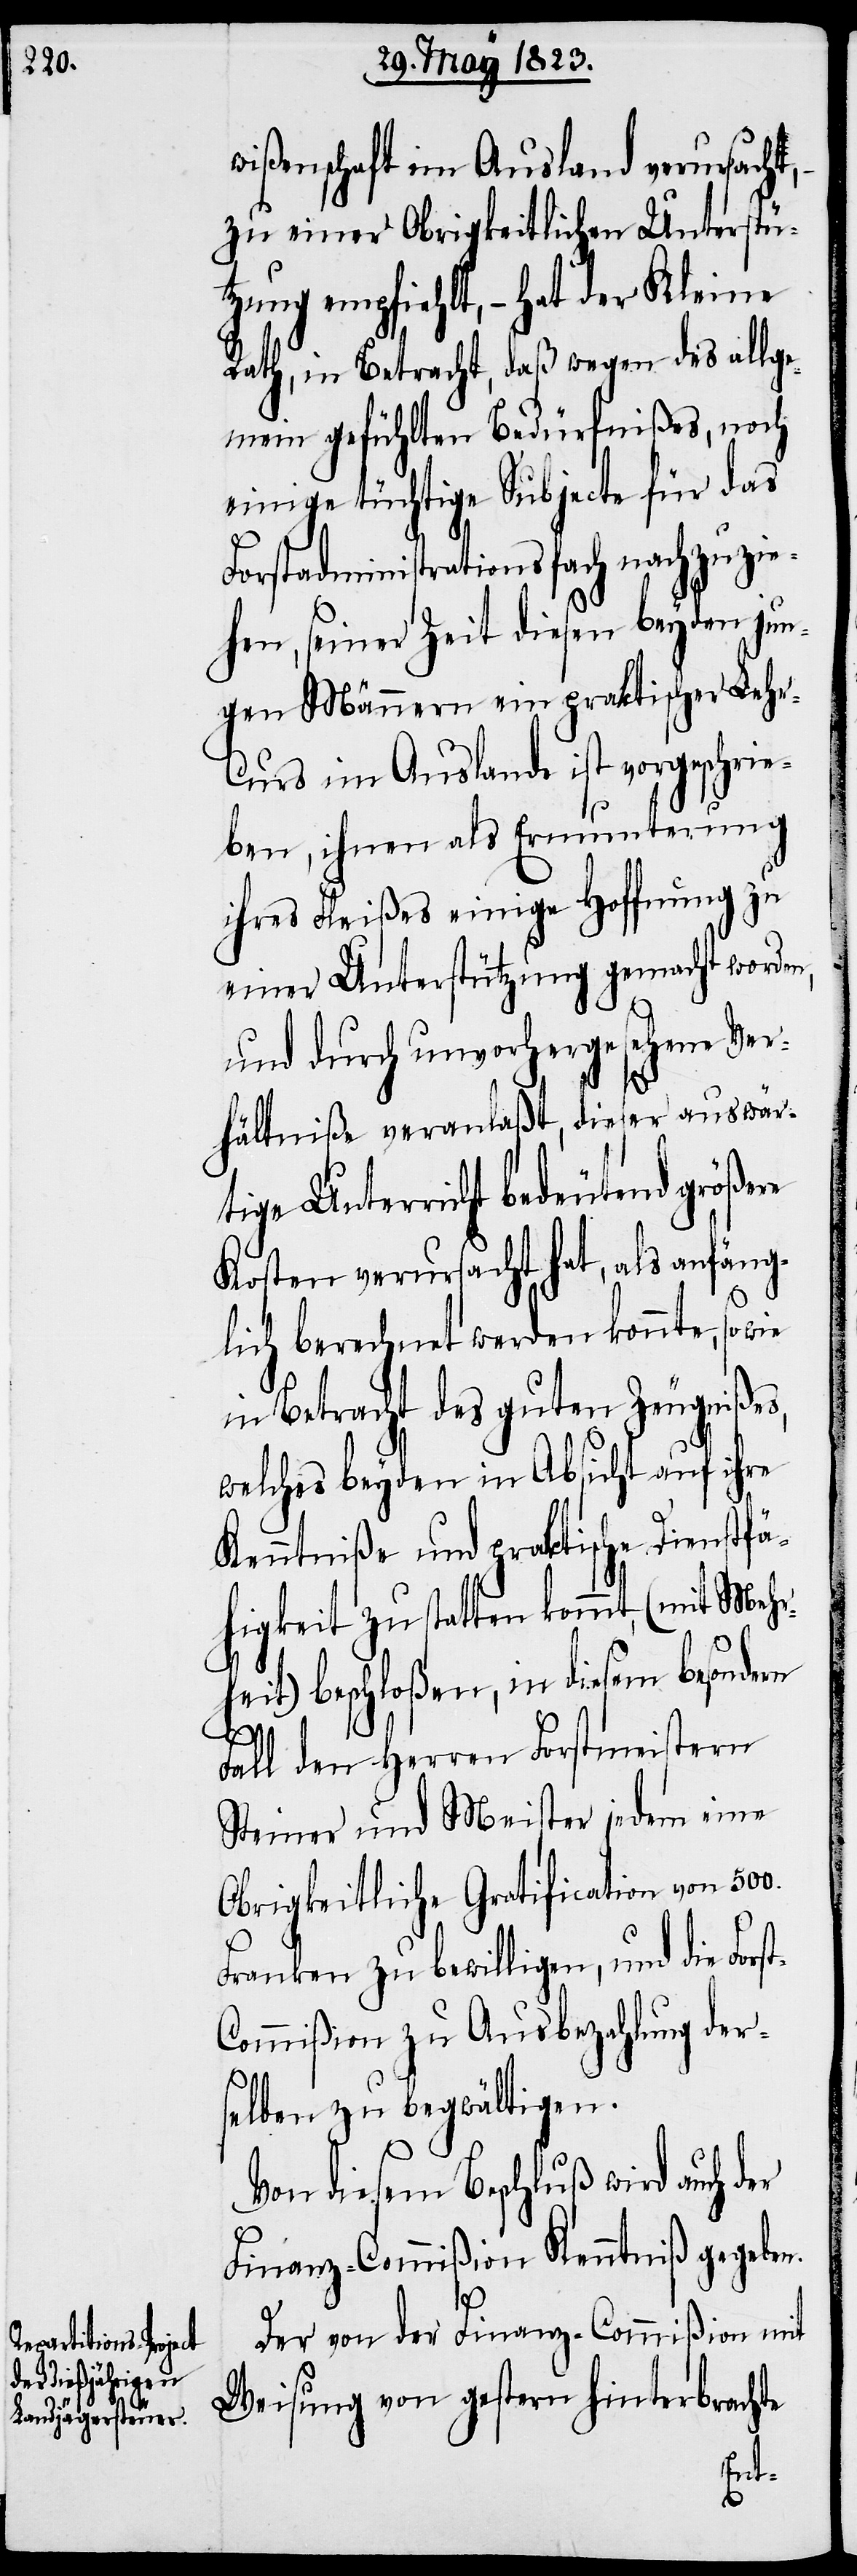
wißenschaft im Ausland verursacht,
zu einer Obrigkeitlichen Unterstü¬
tzung empfiehlt, – hat der Kleine
Rath, in Betracht, daß wegen des allge¬
mein gefühlten Bedürfnißes, noch
einige tüchtige Subjecte für das
Forstadministrationsfach nachzuzie¬
hen, seiner Zeit diesen beyden jun¬
gen Männern ein praktischer Leh¬
r-Curs im Auslande ist vorgeschrie¬
ben, ihnen als Ermunterung
ihres Fleißes einige Hoffnung zu
einer Unterstützung gemacht worden,
und durch unvorhergesehene Ver¬
hältniße veranlaßt, dieser auswär¬
tige Unterricht bedeutend größere
Kosten verursacht hat, als anfäng¬
lich berechnet werden konnte, so
in Betracht des guten Zeugnißes,
welches beyden in Absicht auf ihre
Kenntniße und praktische Dienstfä¬
higkeit zu statten kommt, (mit Mehr¬
heit) beschloßen, in diesem besondern
Fall den Herren Forstmeistern
Steiner und Meister jedem eine
Obrigkeitliche Gratification von 500.
Franken zu bewilligen, und die Fors¬
ommißion zu Ausbezahlung der¬
selben zu begwältigen.
Von diesem Beschluß wird auch der
Finanz-Commißion Kenntniß gegeben.
Der von der Finanz-Commißion mit
Weisung von gestern hinterbrachte
t-C¬